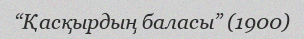
“Қасқырдың баласы” (1900)